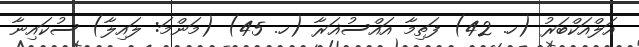
އަލްއަކްބަރު (ހ. 42) ފަތިމާ އައްސުޣަރާ (ހ. 45) (މަންމަ: ލައިލާ) ސުކައިނާ